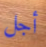
أجل